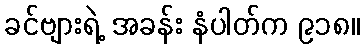
ခင်ဗျားရဲ့ အခန်း နံပါတ်က ၉၁၈။